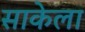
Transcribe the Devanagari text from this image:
साकेला